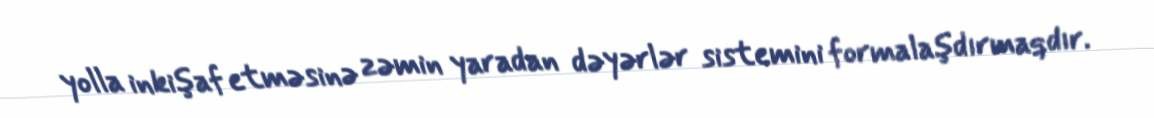
yolla inkişaf etməsinə zəmin yaradan dəyərlər sistemini formalaşdırmaqdır.